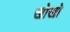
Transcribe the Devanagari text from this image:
खोखाे